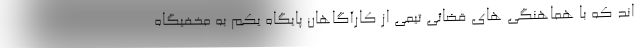
اند که با هماهنگی های قضائی تیمی از کارآگاهان پایگاه یکم به مخفیگاه